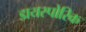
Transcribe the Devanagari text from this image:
डायस्पोरिक